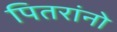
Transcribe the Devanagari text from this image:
पितरांनो